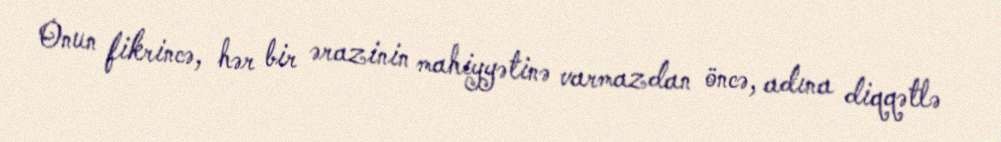
Onun fikrincə, hər bir ərazinin mahiyyətinə varmazdan öncə, adına diqqətlə